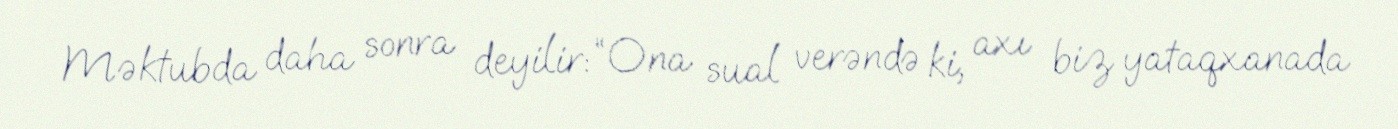
Məktubda daha sonra deyilir: “Ona sual verəndə ki, axı biz yataqxanada